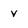
Character: v